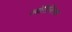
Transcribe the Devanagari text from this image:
ज्योतिर्लिगका